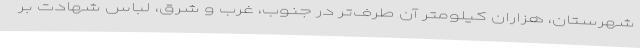
شهرستان، هزاران کیلومتر آن طرف‌تر در جنوب، غرب و شرق، لباس شهادت بر